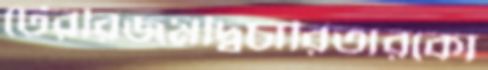
টেররিজমদ্বিচারিতারকো